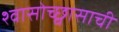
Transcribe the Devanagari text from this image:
श्वासोच्छ्वासाची